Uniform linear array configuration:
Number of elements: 12
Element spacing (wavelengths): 1
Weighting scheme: hamming
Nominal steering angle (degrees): -45
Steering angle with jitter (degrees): -44.15
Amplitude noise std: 0.05
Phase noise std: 0.05

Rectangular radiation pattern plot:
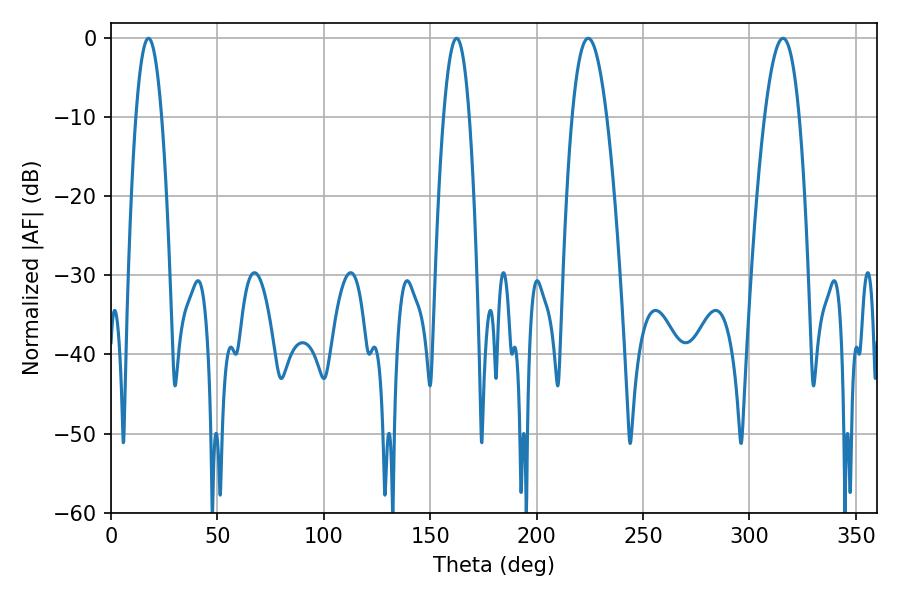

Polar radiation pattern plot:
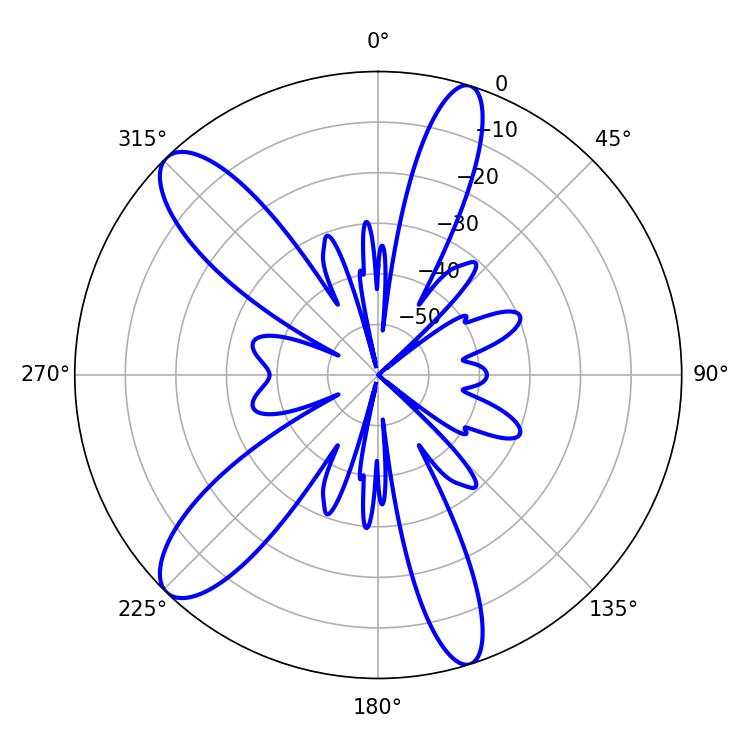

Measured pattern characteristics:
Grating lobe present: TRUE
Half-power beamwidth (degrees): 6.66
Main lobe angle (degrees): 17.64